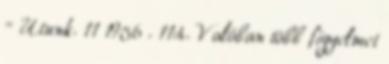
= Utunk. 11 1956 . 11:4. Valóban több figyelmet